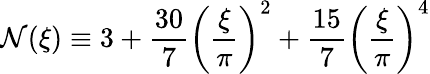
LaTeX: \mathcal{N}(\xi)\equiv3+\frac{{30}}{{7}}\left(\frac{{\xi}}{{\pi}}\right)^{2}+\frac{{15}}{{7}}\left(\frac{{\xi}}{{\pi}}\right)^{4}